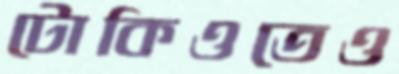
টোকিওতেও